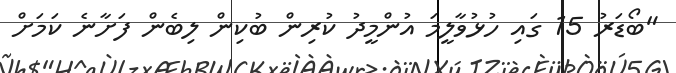
"ބޯޑަރު 15 ގައި ހުޅުވާލީމަ އުންމީދު ކުރިން ބުކިން ލިބެން ފަށާނެ ކަމަށް